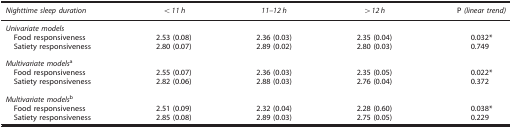
| Nighttime sleep duration | <11 h | 11–12 h | >12 h | P (linear trend) |
 | --- | --- | --- | --- | --- |
 | <COLSPAN=5> Univariate models |
 | Food responsiveness | 2.53 (0.08) | 2.36 (0.03) | 2.35 (0.04) | 0.032* |
 | Satiety responsiveness | 2.80 (0.07) | 2.89 (0.02) | 2.80 (0.03) | 0.749 |
 | <COLSPAN=5>  |
 | <COLSPAN=5> Multivariate modelsa |
 | Food responsiveness | 2.55 (0.07) | 2.36 (0.03) | 2.35 (0.05) | 0.022* |
 | Satiety responsiveness | 2.82 (0.06) | 2.88 (0.03) | 2.76 (0.04) | 0.372 |
 | <COLSPAN=5>  |
 | <COLSPAN=5> Multivariate modelsb |
 | Food responsiveness | 2.51 (0.09) | 2.32 (0.04) | 2.28 (0.60) | 0.038* |
 | Satiety responsiveness | 2.85 (0.08) | 2.89 (0.03) | 2.75 (0.05) | 0.229 |